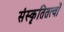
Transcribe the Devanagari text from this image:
संस्कृतितत्वों